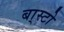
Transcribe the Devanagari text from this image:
बा्स्टो